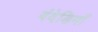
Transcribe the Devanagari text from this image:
बंदेडियाँ